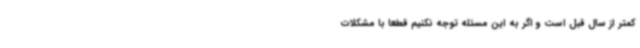
کمتر از سال قبل است و اگر به این مسئله توجه نکنیم قطعا با مشکلات